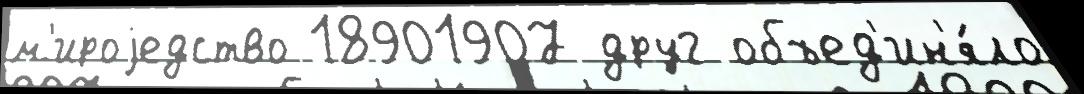
м'ироjедство 18901907 друг объед'ин'я́ло